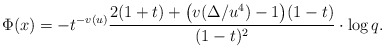
\begin{align*}\Phi(x)=- t^{-v(u)} \frac{2 (1+ t) + \bigl(v(\Delta/u^4)-1\bigr)(1- t)}{(1 - t)^2}\cdot \log q.\end{align*}